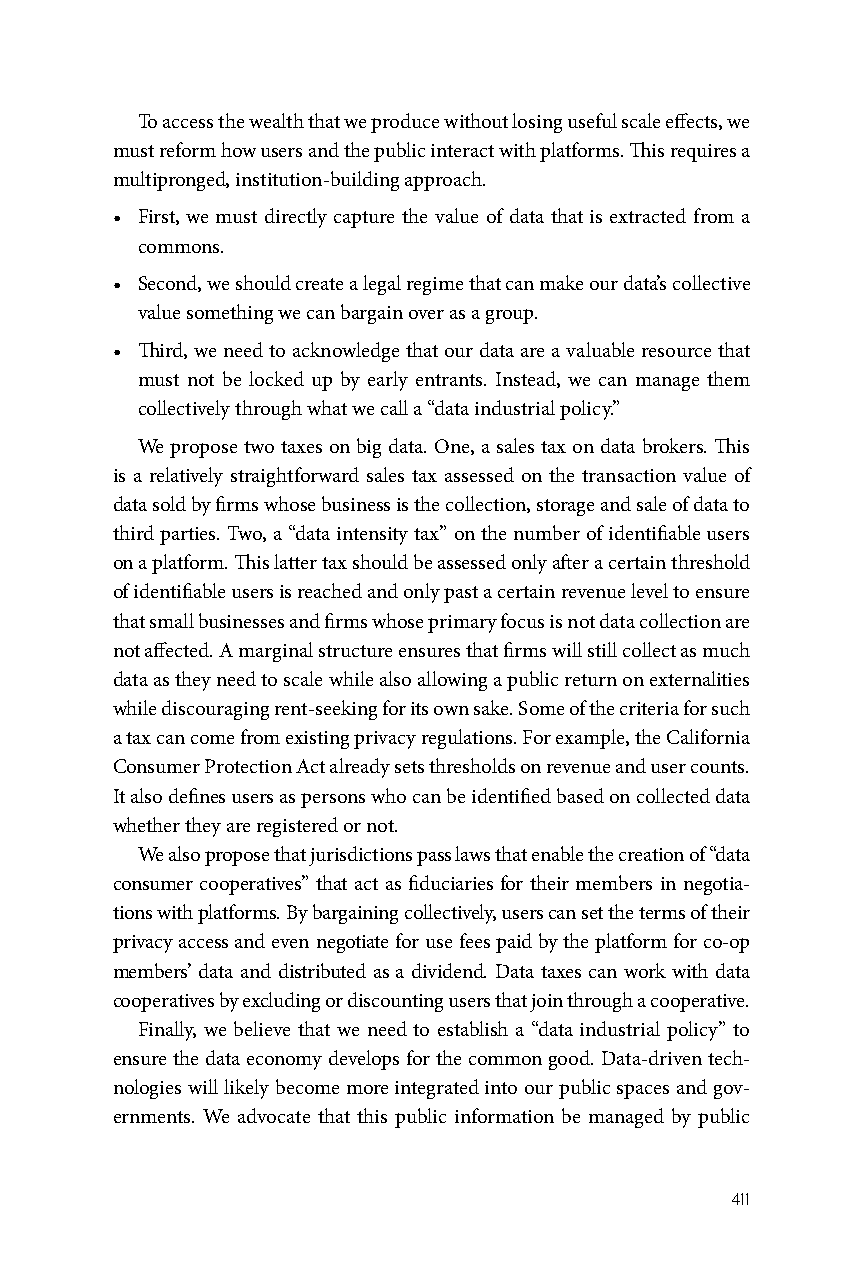
To access the wealth that we produce without losing useful scale effects, we
 must reform how users and the public interact with platforms. This requires a
 multipronged, institution-building approach.
 • First, we must directly capture the value of data that is extracted from a
 commons.
 • Second, we should create a legal regime that can make our data’s collective
 value something we can bargain over as a group.
 • Third, we need to acknowledge that our data are a valuable resource that
 must not be locked up by early entrants. Instead, we can manage them
 collectively through what we call a “data industrial policy.”
 We propose two taxes on big data. One, a sales tax on data brokers. This
 is a relatively straightforward sales tax assessed on the transaction value of
 data sold by firms whose business is the collection, storage and sale of data to
 third parties. Two, a “data intensity tax” on the number of identifiable users
 on a platform. This latter tax should be assessed only after a certain threshold
 of identifiable users is reached and only past a certain revenue level to ensure
 that small businesses and firms whose primary focus is not data collection are
 not affected. A marginal structure ensures that firms will still collect as much
 data as they need to scale while also allowing a public return on externalities
 while discouraging rent-seeking for its own sake. Some of the criteria for such
 a tax can come from existing privacy regulations. For example, the California
 Consumer Protection Act already sets thresholds on revenue and user counts.
 It also defines users as persons who can be identified based on collected data
 whether they are registered or not.
 We also propose that jurisdictions pass laws that enable the creation of “data
 consumer cooperatives” that act as fiduciaries for their members in negotia-
 tions with platforms. By bargaining collectively, users can set the terms of their
 privacy access and even negotiate for use fees paid by the platform for co-op
 members’ data and distributed as a dividend. Data taxes can work with data
 cooperatives by excluding or discounting users that join through a cooperative.
 Finally, we believe that we need to establish a “data industrial policy” to
 ensure the data economy develops for the common good. Data-driven tech-
 nologies will likely become more integrated into our public spaces and gov-
 ernments. We advocate that this public information be managed by public
 411